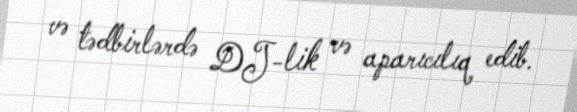
və tədbirlərdə DJ-lik və aparıcılıq edib.